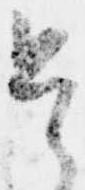
是